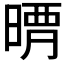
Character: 𣈺